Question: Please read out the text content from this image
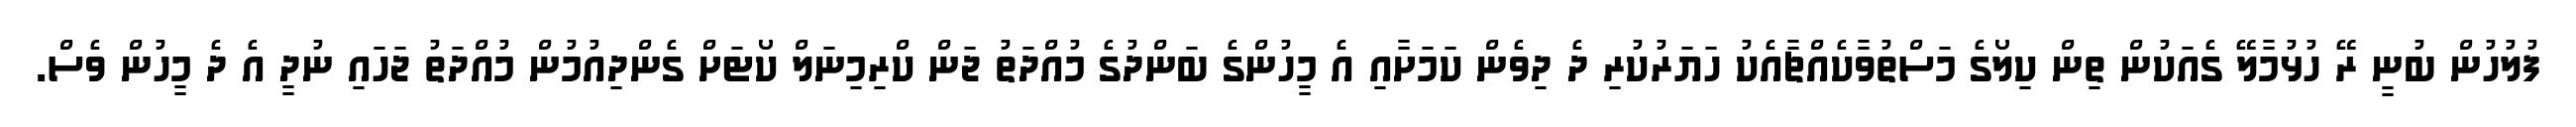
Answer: ފުލުހުން ބުނީ ރޭ ހުޅުމާލޭ ގެއަކުން ތިން ކިލޯގެ މަސްތުވާކެއްޗާއެކު ހަޔަރުކުރި ދެ ދިވެން ކަމަށާއި އެ މީހުންގެ ބަންދުގެ މުއްދަތު ޖަން ކްރިމިނަލް ކޯޓަށް ގެންދިއުމުން މުއްދަތު ޖަހައި ނުދީ އެ ދެ މީހުން ވެސް.